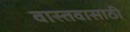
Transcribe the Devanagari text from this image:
वास्तवासाठी